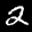
Label: 2